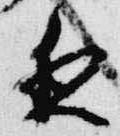
夜